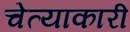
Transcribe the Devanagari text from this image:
चेत्याकारी